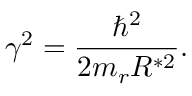
\gamma ^ { 2 } = \frac { \hbar ^ { 2 } } { 2 m _ { r } R ^ { * 2 } } .